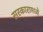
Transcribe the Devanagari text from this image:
सरकारामध्ये